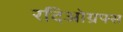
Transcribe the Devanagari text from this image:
रदिओग्रफ्स